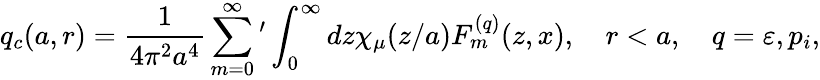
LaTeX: q_{c}(a,r)=\frac{1}{4\pi^{2}a^{4}}\sum_{m=0}^{\infty}{'}\int_{0}^{\infty}{dz\chi_{\mu}(z/a)F_{m}^{(q)}(z,x)},\quad r<a,\quad q=\varepsilon,p_{i},